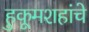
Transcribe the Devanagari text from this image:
हुकूमशहांचे